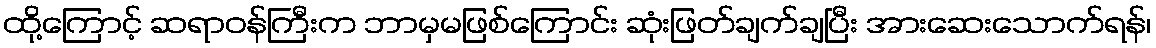
ထို့ကြောင့် ဆရာဝန်ကြီးက ဘာမှမဖြစ်ကြောင်း ဆုံးဖြတ်ချက်ချပြီး အားဆေးသောက်ရန်၊